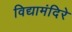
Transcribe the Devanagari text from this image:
विद्यामंदिरे